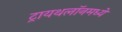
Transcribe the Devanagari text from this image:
ट्रायथलॉनमध्ये